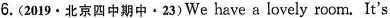
6.(2019 \cdot 北京四中期中 \cdot 23)We have a lovely room. It's